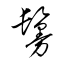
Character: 鬘